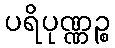
ပရိပုဏ္ဏဉ္စ